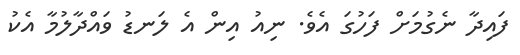
ފައިދާ ނެގުމަށް ފަހުގަ އެވެ. ނިއު އިން އެ ލަނޑު ވައްދާލުމާ އެކު